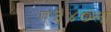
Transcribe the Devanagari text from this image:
ए३४०ला